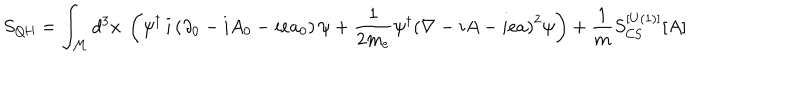
S _ { \mathrm { { Q H } } } = \int _ { \cal M } d ^ { 3 } x ~ \left( \psi ^ { \dagger } \, i \left( \partial _ { 0 } - i A _ { 0 } - i e a _ { 0 } \right) \psi + \frac { 1 } { 2 m _ { e } } \psi ^ { \dagger } \left( \nabla - i A - i e a \right) ^ { 2 } \psi \right) + \frac { 1 } { m } S _ { \mathrm { C S } } ^ { [ U ( 1 ) ] } [ A ]